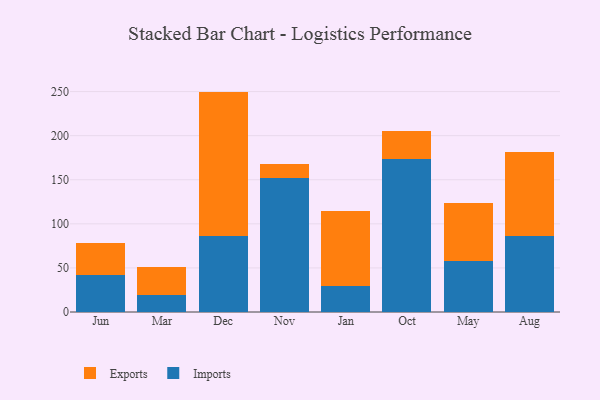
{"axis": {"x": "Month", "y": "Bounce Rate (%)"}, "legend": ["Exports", "Imports"], "data": [{"x": "Jun", "y": 41.7, "type": "Imports"}, {"x": "Jun", "y": 36.6, "type": "Exports"}, {"x": "Mar", "y": 19.0, "type": "Imports"}, {"x": "Mar", "y": 31.6, "type": "Exports"}, {"x": "Dec", "y": 86.1, "type": "Imports"}, {"x": "Dec", "y": 163.9, "type": "Exports"}, {"x": "Nov", "y": 152.1, "type": "Imports"}, {"x": "Nov", "y": 16.0, "type": "Exports"}, {"x": "Jan", "y": 29.5, "type": "Imports"}, {"x": "Jan", "y": 84.6, "type": "Exports"}, {"x": "Oct", "y": 174.0, "type": "Imports"}, {"x": "Oct", "y": 31.6, "type": "Exports"}, {"x": "May", "y": 57.3, "type": "Imports"}, {"x": "May", "y": 66.1, "type": "Exports"}, {"x": "Aug", "y": 86.2, "type": "Imports"}, {"x": "Aug", "y": 94.8, "type": "Exports"}]}